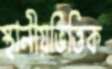
স্থানীয়ভিত্তিক